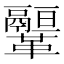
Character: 𩍻